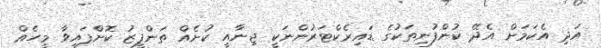
އަދި އެކަމަށް އެދޭ ކުންފުނިތަކުގެ ޑައިރެކްޓަރުންނަކީ ޖިނާއީ ކުށެއް ތަންފީޒު ކޮށްފައިވާ މީހެއް